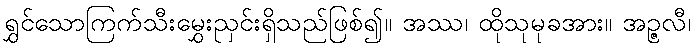
ရွှင်သောကြက်သီးမွှေးညှင်းရှိသည်ဖြစ်၍။ အဿ၊ ထိုသုမုခအား။ အဉ္ဇလီ၊